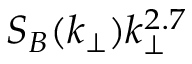
S _ { B } ( k _ { \perp } ) k _ { \perp } ^ { 2 . 7 }